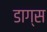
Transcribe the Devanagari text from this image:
डाग्स